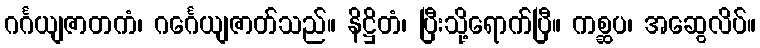
ဂင်္ဂယျဇာတကံ၊ ဂင်္ဂေယျဇာတ်သည်။ နိဋ္ဌိတံ၊ ပြီးသို့ရောက်ပြီ။ ကစ္ဆပ၊ အဆွေလိပ်။